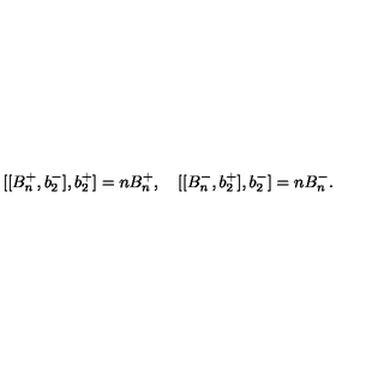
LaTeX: [ [ B _ { n } ^ { + } , b _ { 2 } ^ { - } ] , b _ { 2 } ^ { + } ] = n B _ { n } ^ { + } , \quad [ [ B _ { n } ^ { - } , b _ { 2 } ^ { + } ] , b _ { 2 } ^ { - } ] = n B _ { n } ^ { - } .